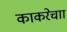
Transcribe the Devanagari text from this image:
काकरेचाा